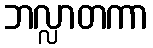
ဘလ္လာတကာ